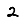
Digit: 2